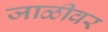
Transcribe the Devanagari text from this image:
जाळीवर